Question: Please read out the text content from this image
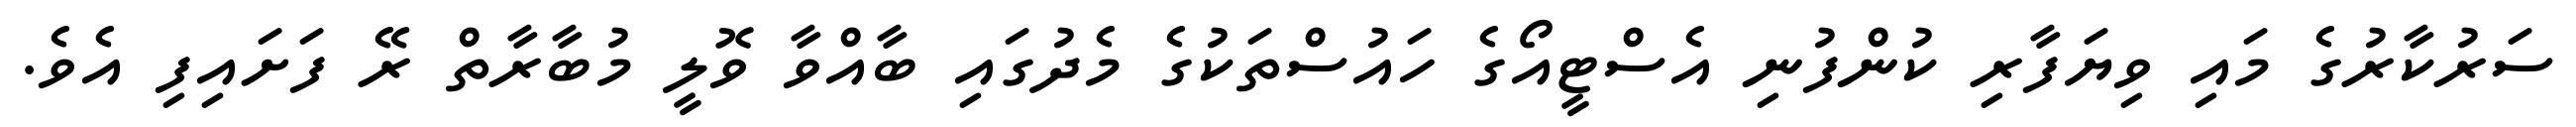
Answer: ސަރުކާރުގެ މައި ވިޔަފާރި ކުންފުނި އެސްޓީއޯގެ ހައުސްތަކުގެ މެދުގައި ބާއްވާ ވޮލީ މުބާރާތް ރޭ ފަށައިފި އެވެ.